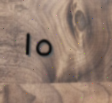
١٥